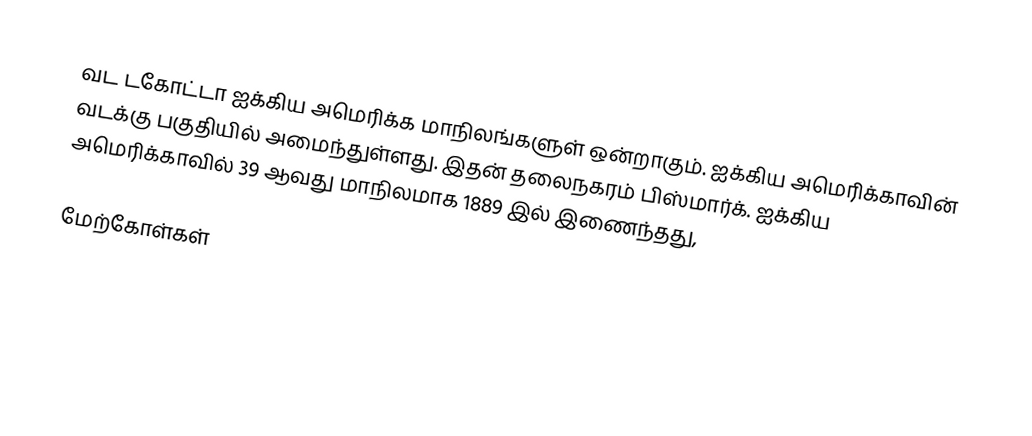
வட டகோட்டா ஐக்கிய அமெரிக்க மாநிலங்களுள் ஒன்றாகும். ஐக்கிய அமெரிக்காவின் வடக்கு பகுதியில் அமைந்துள்ளது. இதன் தலைநகரம் பிஸ்மார்க். ஐக்கிய அமெரிக்காவில் 39 ஆவது மாநிலமாக 1889 இல் இணைந்தது,

மேற்கோள்கள்